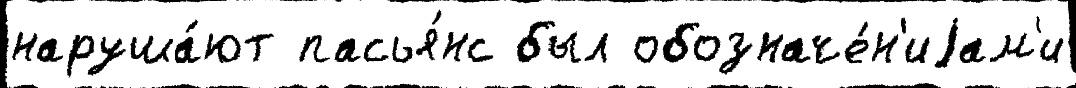
наруша́ют пасья́нс был обозначе́н'иjам'и